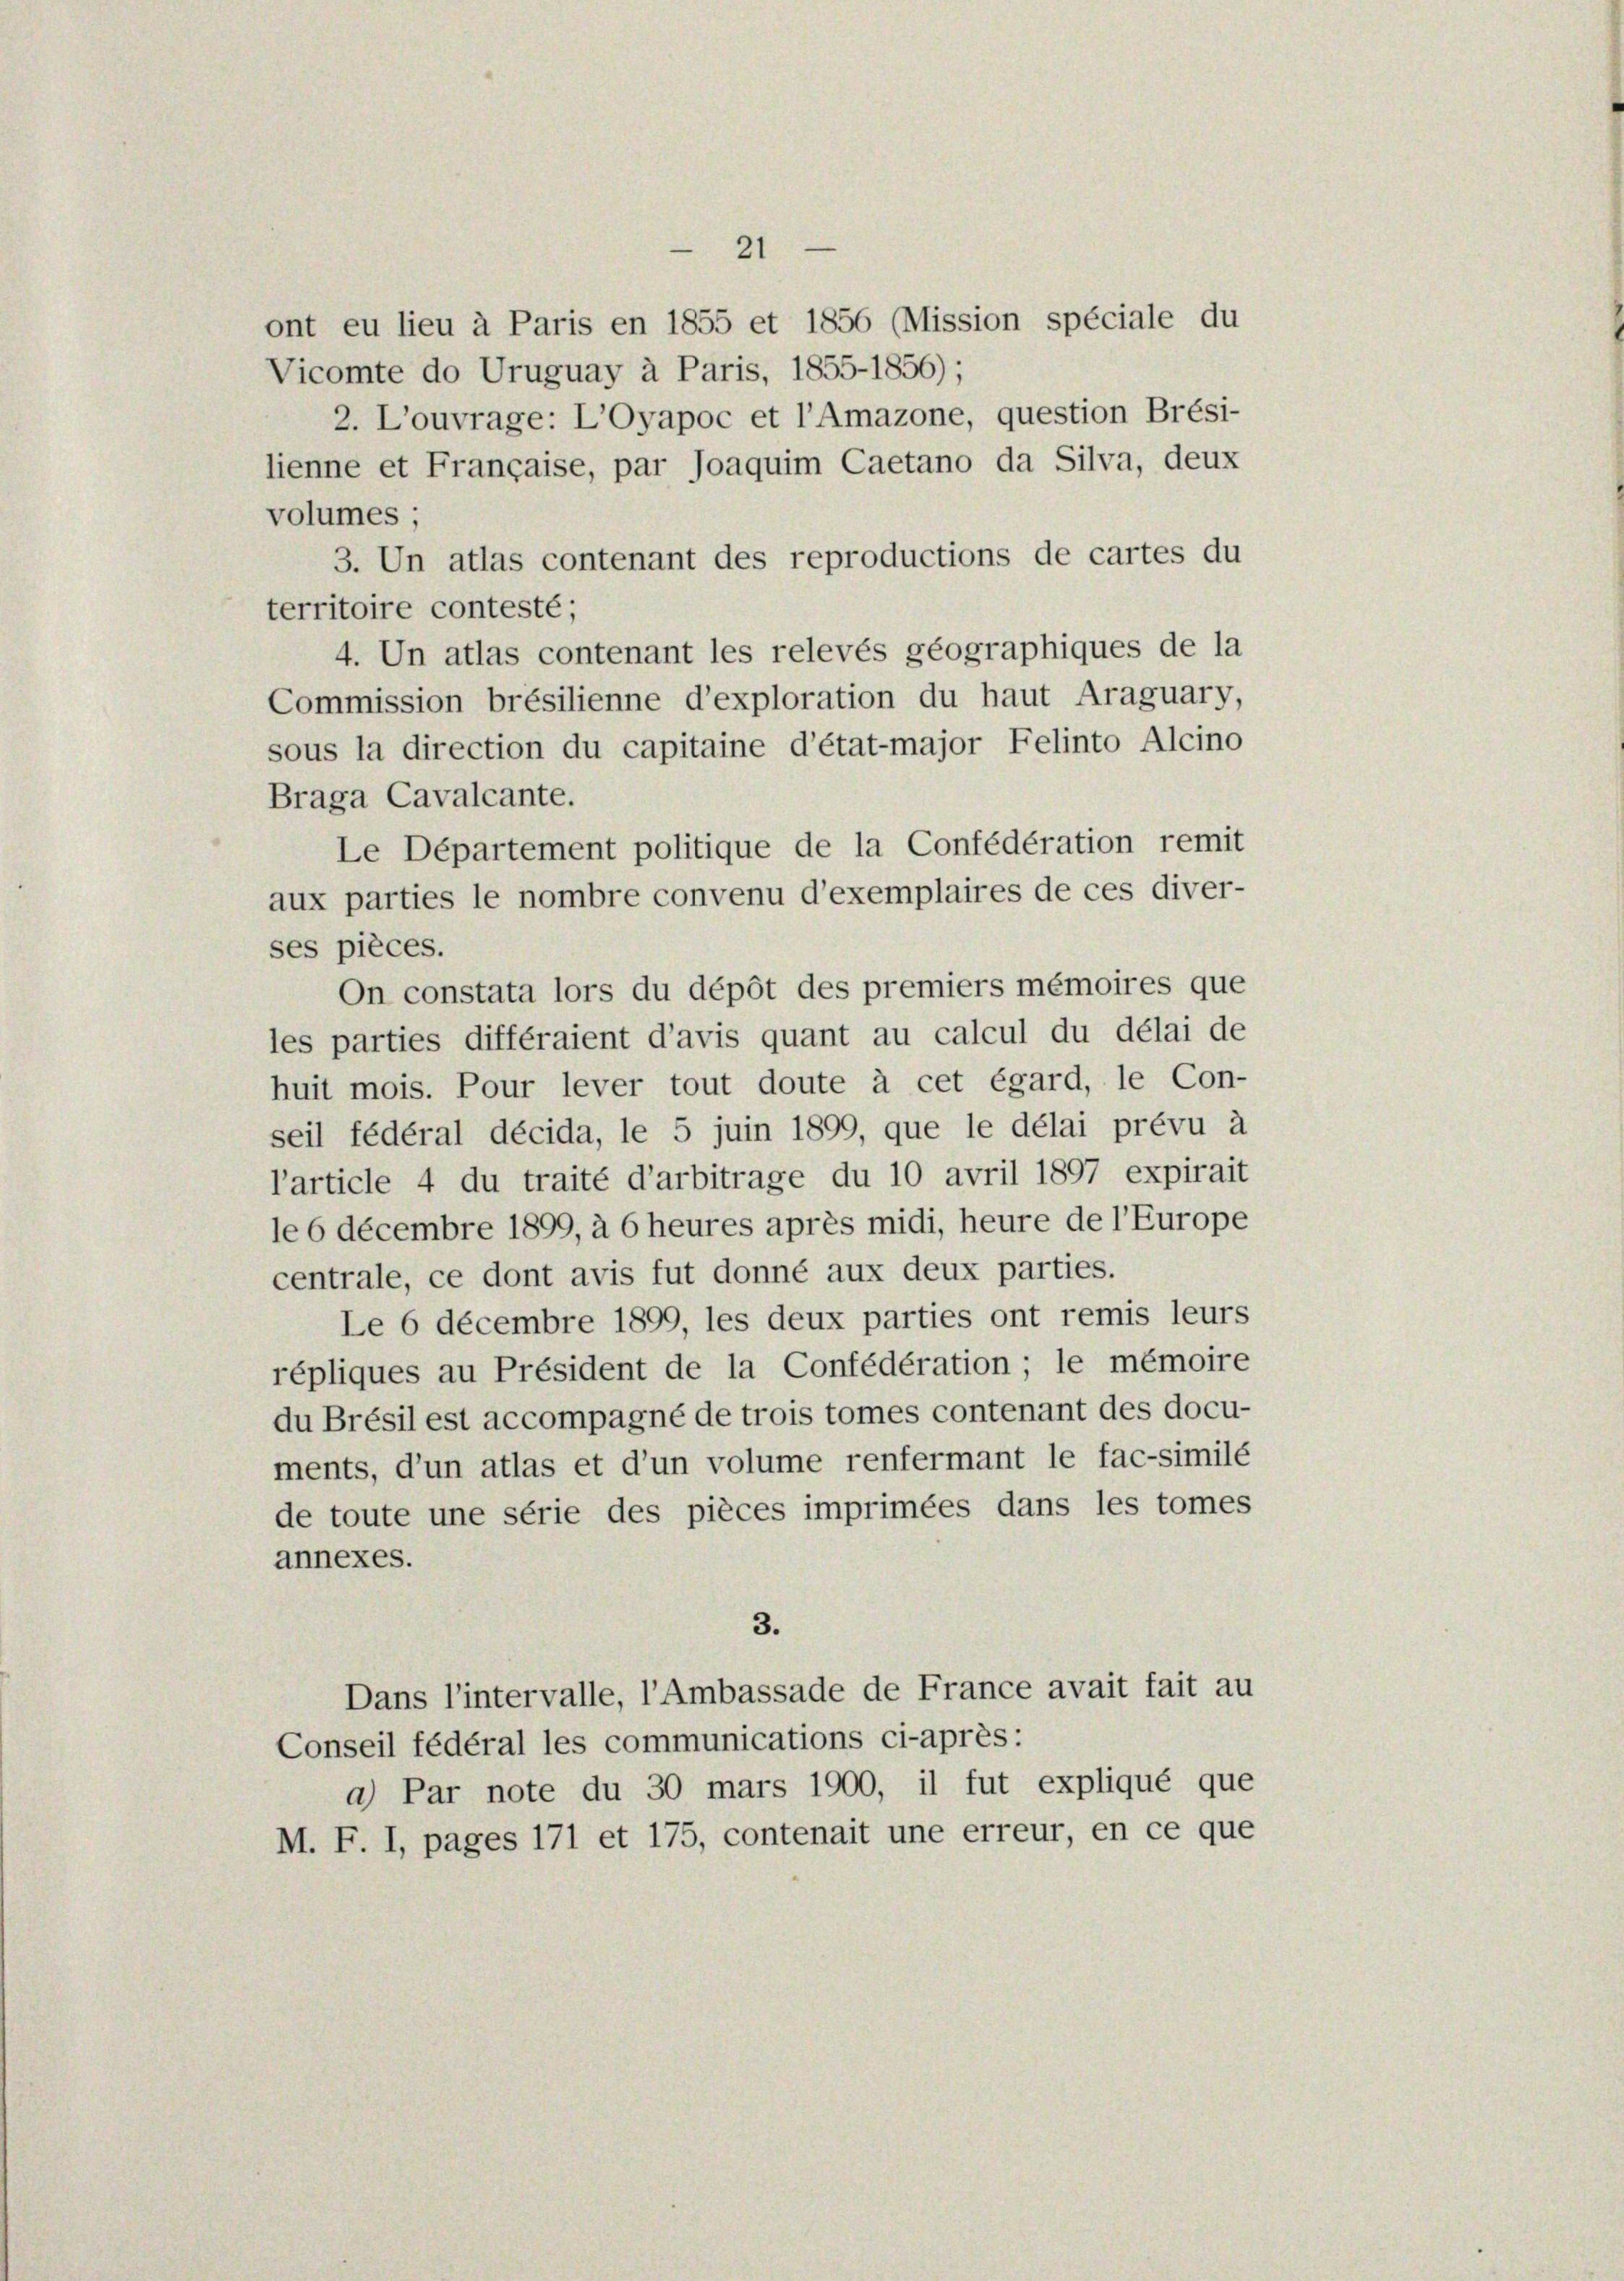
21
ont eu lieu à Paris en 1855 et 1856 (Mission spéciale du
Vicomte do Uruguay à Paris, 1855-1856);
2. L’ouvrage: L’Oyapoc et l’Amazone, question Brési-
lienne et Française, par Joaquim Caetano da Silva, deux
volumes,
3. Un atlas contenant des reproductions de cartes du
territoire contesté;
4. Un atlas contenant les relevés geographiques de la
Commission brésilienne d’exploration du haut Araguary,
sous la direction du capitaine d’état-major Felinto Alcino
Braga Cavalcante.
Le Departement politique de la Confédération remit
aux parties le nombre convenu d’exemplaires de ces diver-
ses pièces.
On constata lors du dépôt des premiers mémoires que
les parties différaient d’avis quant au calcul du délai de
huit mois. Pour lever tout doute à cet égard, le Con-
seil fédéral décida, le 5 juin 1899, que le délai prévu à
l’article 4 du traité d’arbitrage du 10 avril 1897 expirait
le 6 decembre 1899, à 6 heures après midi, heure de l’Europe
centrale, ce dont avis fut donné aux deux parties.
Le 6 decembre 1899, les deux parties ont remis leurs
répliques au Président de la Confédération ; le mémoire
du Brésil est accompagné de trois tomes contenant des docu-
ments, d’un atlas et d’un volume renfermant le fac-similé
de toute une série des pièces imprimées dans les tomes
annexes.
3.
Dans l’intervalle, l’Ambassade de France avait fait au
Conseil fédéral les communications ci-après:
a) Par note du 30 mars 1900, il fut expliqué que
M. F. I, pages 171 et 175, contenait une erreur, en ce que